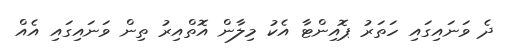
ދެ ވަނައިގައި ހަތަރު ޕޮއިންޓާ އެކު މިލާން އޮތްއިރު ތިން ވަނައިގައި އެއް